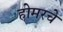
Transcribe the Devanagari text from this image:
होमरचे